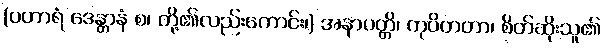
(ပဟာရံ ဒေန္တာနံ စ၊ တို့၏လည်းကောင်း၊) အနာပတ္တိ၊ ကုပိတတာ၊ စိတ်ဆိုးသူ၏